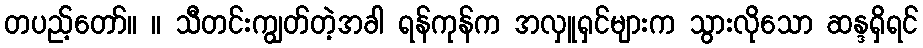
တပည့်တော်။ ။ သီတင်းကျွတ်တဲ့အခါ ရန်ကုန်က အလှူရှင်များက သွားလိုသော ဆန္ဒရှိရင်